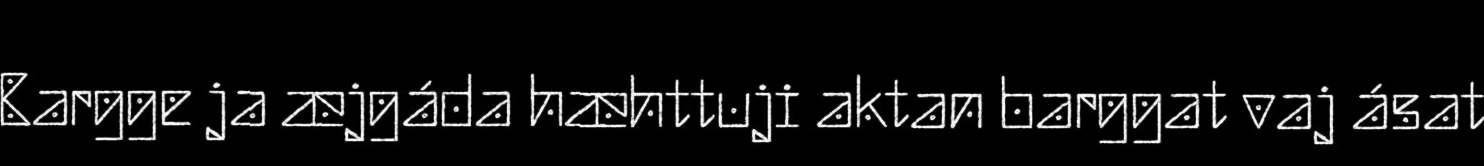
Bargge ja æjgáda hæhttuji aktan barggat vaj ásat